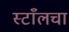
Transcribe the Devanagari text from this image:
स्टाँलचा